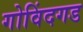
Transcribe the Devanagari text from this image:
गोविंदगड